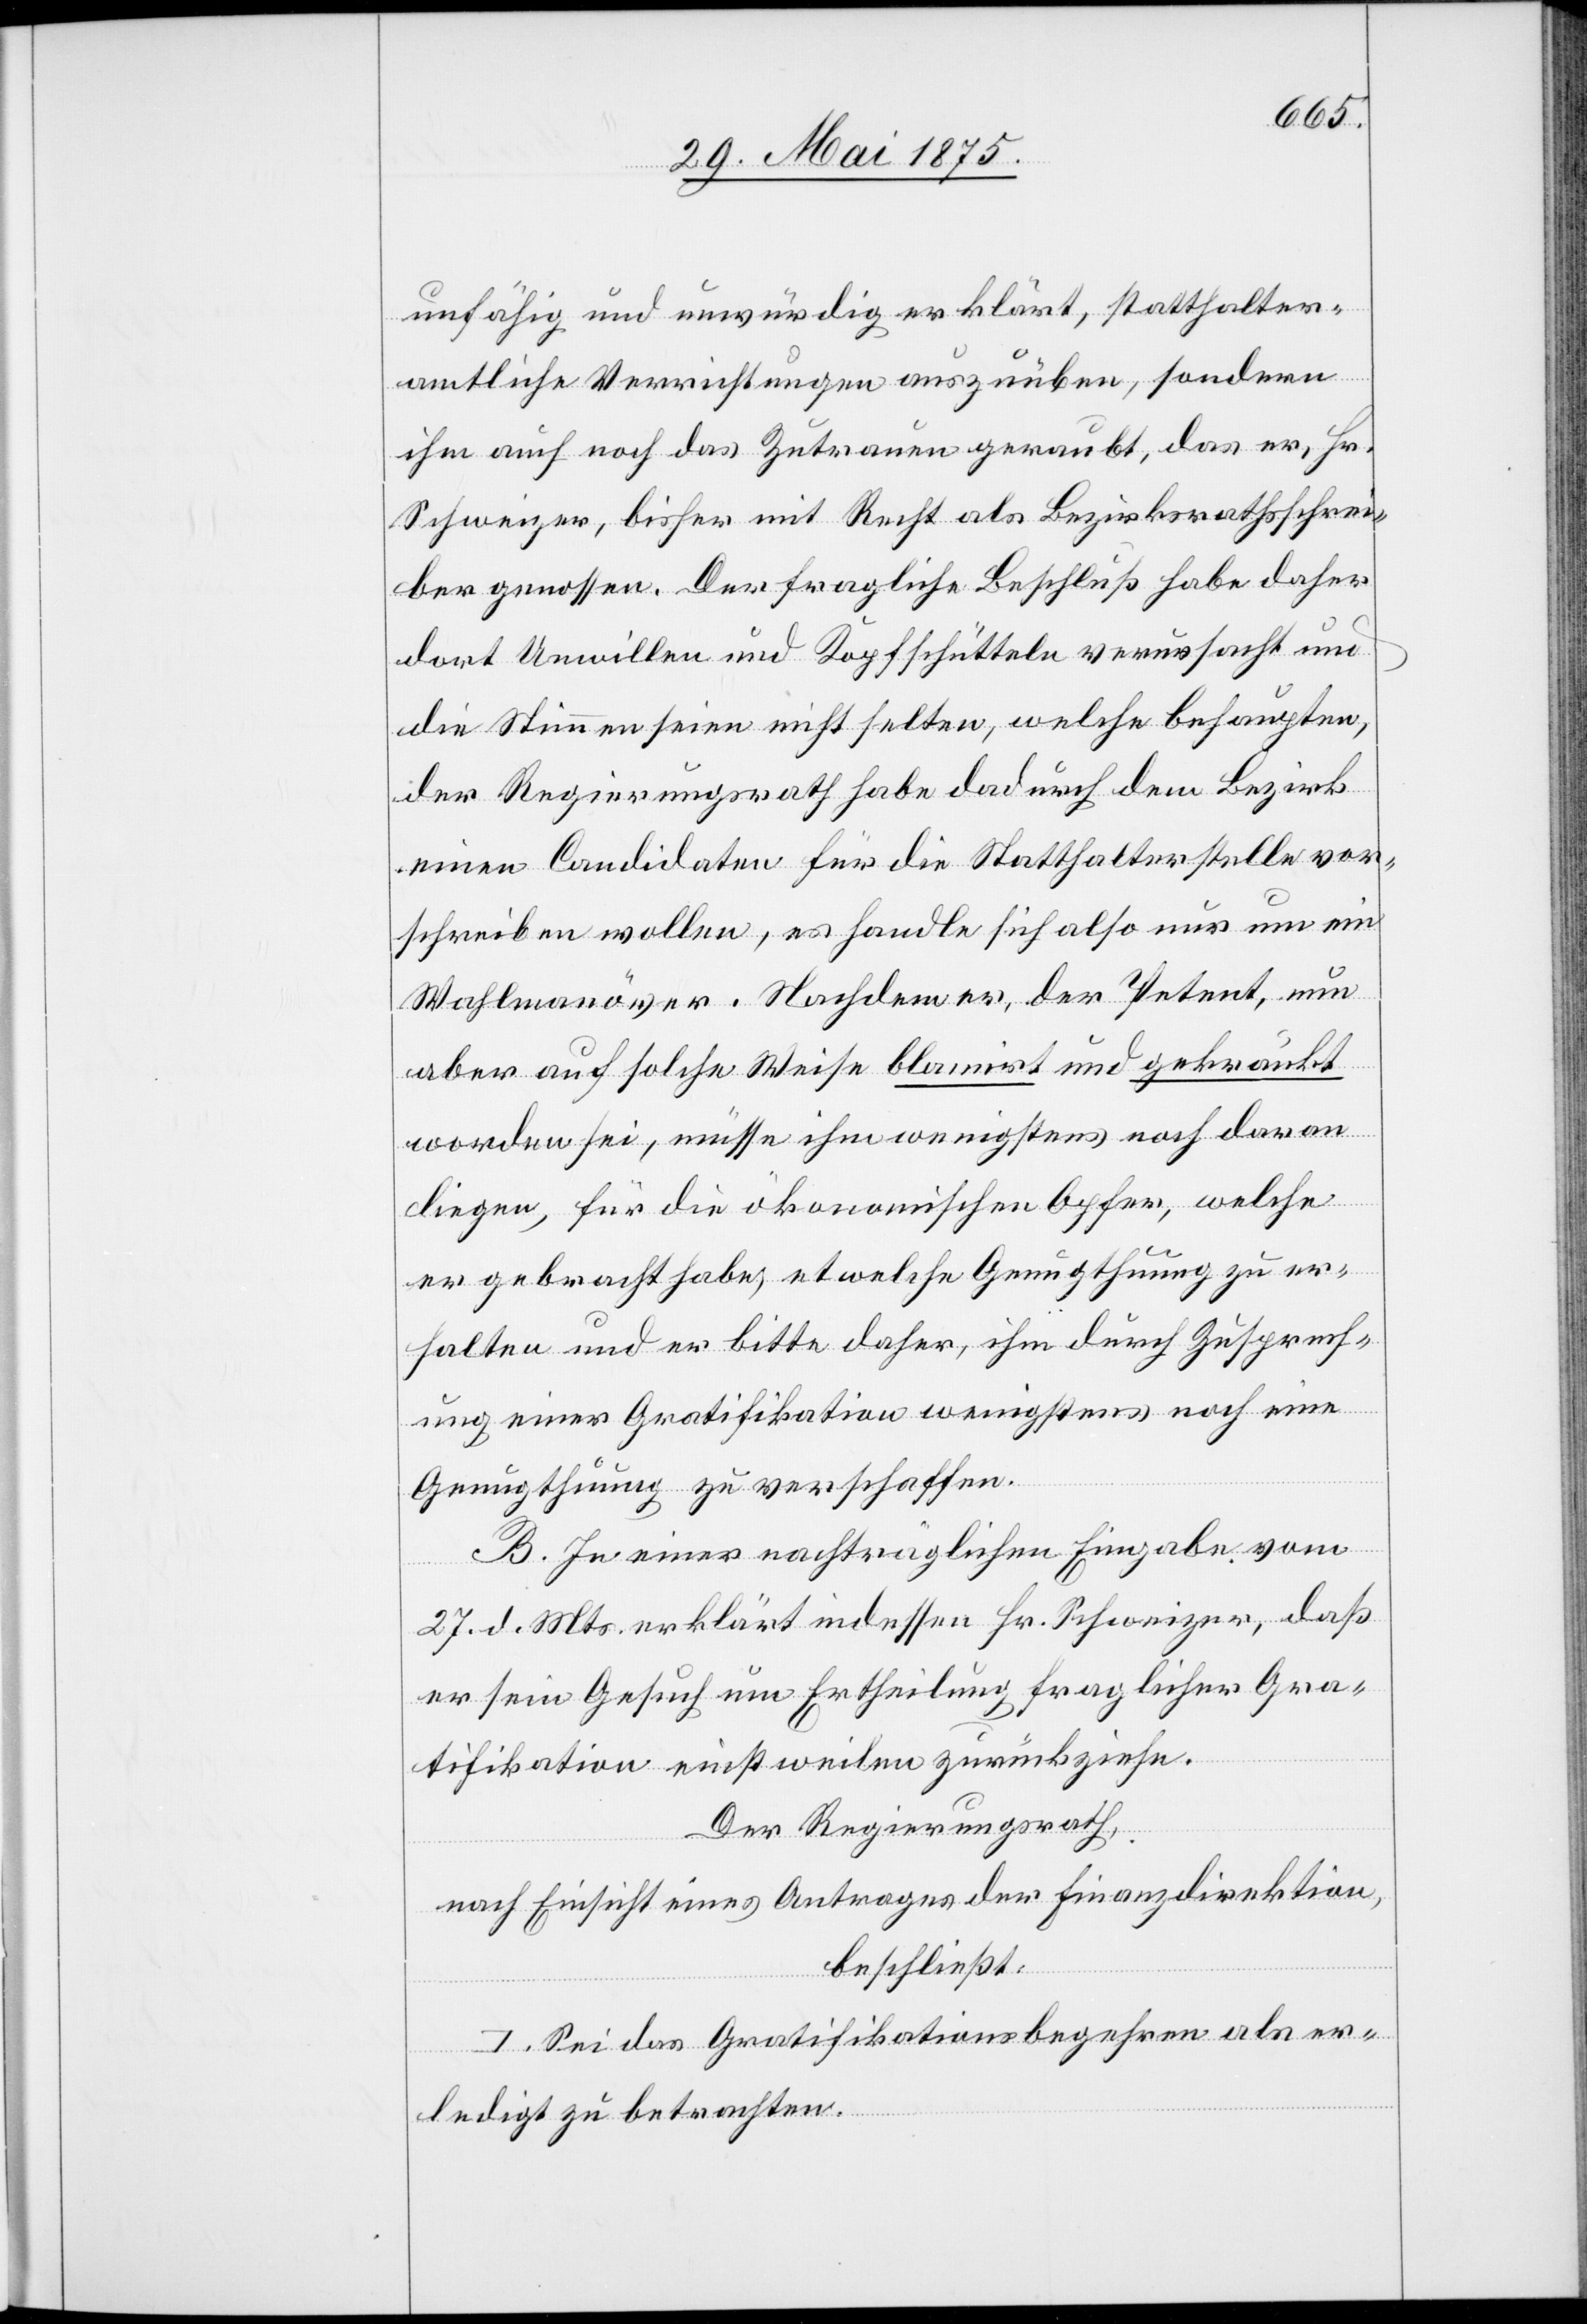
unfähig und unwürdig erklärt, statthalter¬
amtliche Verpflichtungen auszuüben, sondern
ihm auch noch das Zutrauen geraubt, das er, Hr.
Schweizer, bisher mit Recht als Bezirksrathsschrei¬
ber genossen. Der fragliche Beschluß habe daher
dort Unwillen und Kopfschütteln verursacht und
die Stimmen seien nicht selten, welche behaupten,
der Regierungsrath habe dadurch dem Bezirk
einen Candidaten für die Statthalterstelle vor¬
schreiben wollen, es handle sich also nur um ein
Wahlmanöver. Nachdem er, der Petent, nun
aber auf solche Weise blamirt und gekränkt
worden sei, müsse ihm wenigstens noch daran
liegen, für die ökonomischen Opfer, welche
er gebracht habe, etwelche Genugthuung zu er¬
halten und er bitte daher, ihm durch Zusprech¬
ung einer Gratifikation wenigstens noch eine
Genugthuung zu verschaffen.
B. In einer nachträglichen Eingabe vom
27. d. Mts. erklärt indessen Hr. Schweizer, daß
er sein Gesuch um Ertheilung fraglicher Gra¬
tifikation einstweilen zurückziehe.
Der Regierungsrath,
nach Einsicht eines Antrages der Finanzdirektion,
beschließt:
I. Sei das Gratifikationsbegehren als er¬
ledigt zu betrachten.